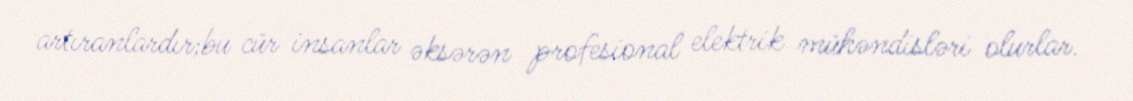
artıranlardır;bu cür insanlar əksərən profesional elektrik mühəndisləri olurlar.